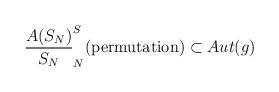
LaTeX: \begin{align*}\frac{A(S_N)}{S_N} \sp S_N(\textup{permutation})\subset Aut(g)\end{align*}